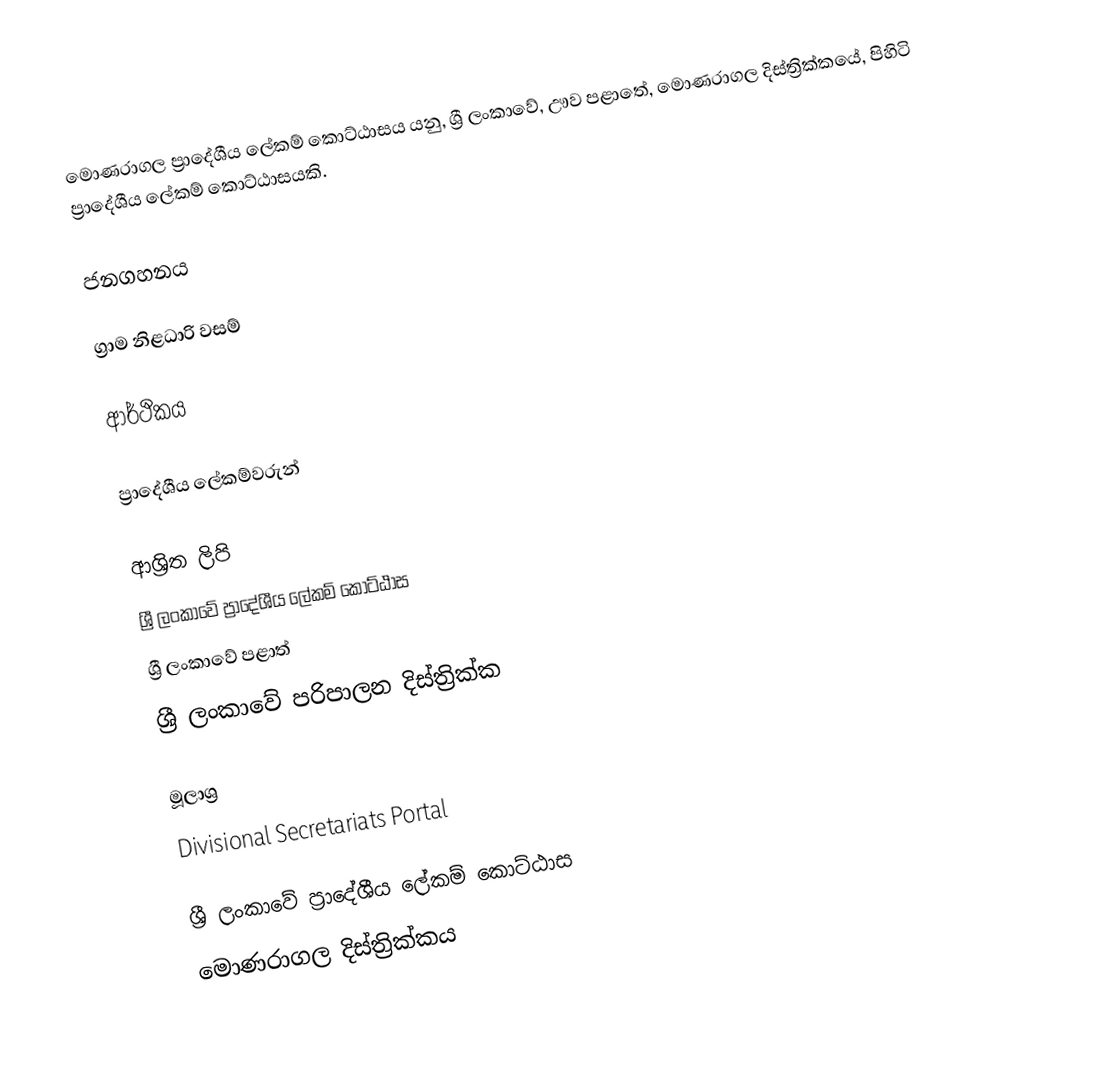
මොණරාගල ප්‍රාදේශීය ලේකම් කොට්ඨාසය යනු,  ශ්‍රී ලංකාවේ, ඌව පළාතේ,   මොණරාගල දිස්ත්‍රික්කයේ, පිහිටි ප්‍රාදේශීය ලේකම් කොට්ඨාසයකි.

ජනගහනය

ග්‍රාම නිළධාරි වසම්

ආර්ථිකය

ප්‍රාදේශීය ලේකම්වරුන්

ආශ්‍රිත ලිපි
ශ්‍රී ලංකාවේ ප්‍රාදේශීය ලේකම් කොට්ඨාස
ශ්‍රී ලංකාවේ පළාත්
ශ්‍රී ලංකාවේ පරිපාලන දිස්ත්‍රික්ක

මූලාශ්‍ර
 Divisional Secretariats Portal

ශ්‍රී ලංකාවේ ප්‍රාදේශීය ලේකම් කොට්ඨාස
මොණරාගල දිස්ත්‍රික්කය